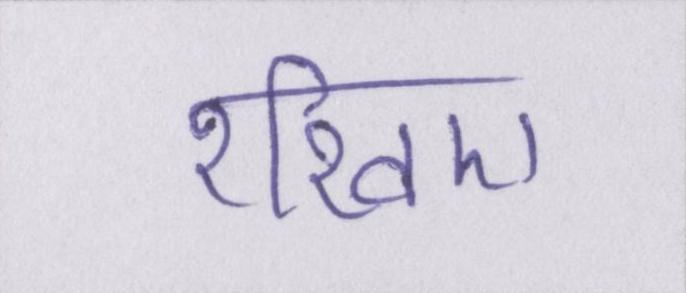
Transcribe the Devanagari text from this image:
रखिए